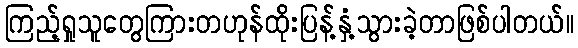
ကြည့်ရှုသူတွေကြားတဟုန်ထိုးပြန့်နှံ့သွားခဲ့တာဖြစ်ပါတယ်။